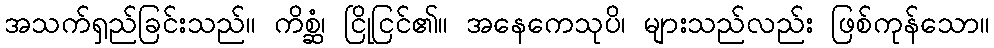
အသက်ရှည်ခြင်းသည်။ ကိစ္ဆံ၊ ငြိုငြင်၏။ အနေကေသုပိ၊ များသည်လည်း ဖြစ်ကုန်သော။